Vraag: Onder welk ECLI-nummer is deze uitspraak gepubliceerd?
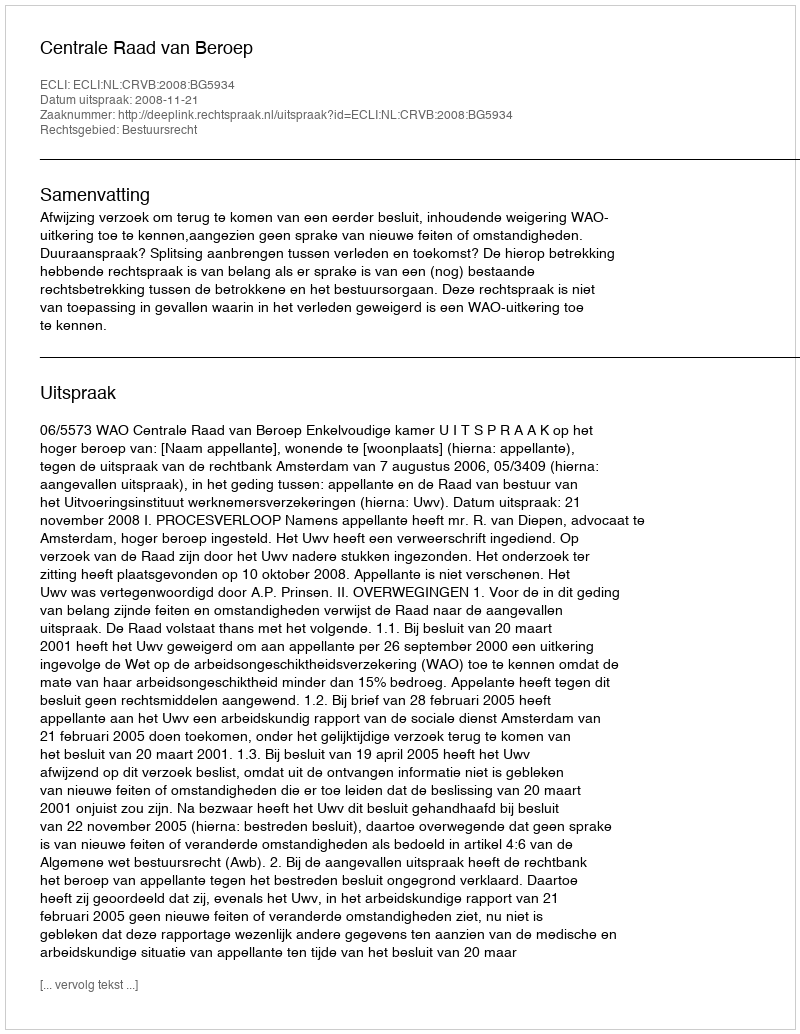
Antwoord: ECLI:NL:CRVB:2008:BG5934